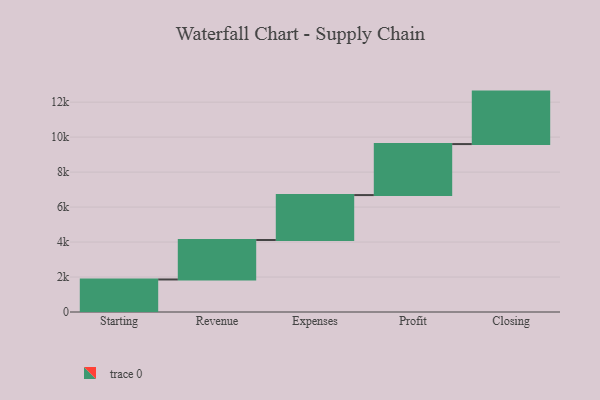
{"axis": {"x": "Step", "y": "Value"}, "legend": [""], "data": [{"x": "Starting", "y": 1860.0, "type": ""}, {"x": "Revenue", "y": 2258.0, "type": ""}, {"x": "Expenses", "y": 2568.0, "type": ""}, {"x": "Profit", "y": 2916.0, "type": ""}, {"x": "Closing", "y": 3000, "type": ""}]}